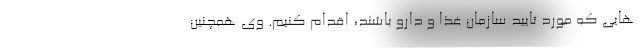
هایی که مورد تایید سازمان غذا و دارو باشند، اقدام کنیم. وی همچنین